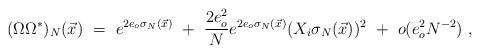
LaTeX: \begin{align*}(\Omega \Omega^* )_N (\vec{x})\ =\ e^{2e_o \sigma_N (\vec{x})} \ +\ \frac{2e^2_o}{N} e^{2e_o \sigma_N (\vec{x})} (X_i \sigma_N (\vec{x}))^2 \ +\ o(e^2_o N^{-2} )\ ,\end{align*}